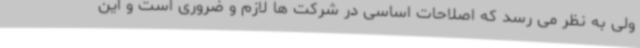
ولی به نظر می رسد که اصلاحات اساسی در شرکت ها لازم و ضروری است و این